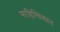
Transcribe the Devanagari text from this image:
साहित्यिकात